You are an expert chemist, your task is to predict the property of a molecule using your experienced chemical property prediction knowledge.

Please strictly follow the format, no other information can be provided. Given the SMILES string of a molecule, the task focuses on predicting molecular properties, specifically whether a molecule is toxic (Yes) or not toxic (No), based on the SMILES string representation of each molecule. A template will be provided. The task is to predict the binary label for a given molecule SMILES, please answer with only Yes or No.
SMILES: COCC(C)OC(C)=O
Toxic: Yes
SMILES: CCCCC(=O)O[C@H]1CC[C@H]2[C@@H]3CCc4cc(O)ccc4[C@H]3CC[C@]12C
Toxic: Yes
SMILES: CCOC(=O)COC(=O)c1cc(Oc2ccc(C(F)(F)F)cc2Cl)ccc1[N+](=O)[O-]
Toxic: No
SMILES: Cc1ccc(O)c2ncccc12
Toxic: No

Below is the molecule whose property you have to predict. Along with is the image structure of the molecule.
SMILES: COP(OC)OC
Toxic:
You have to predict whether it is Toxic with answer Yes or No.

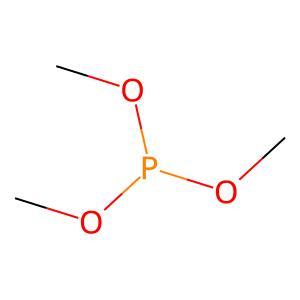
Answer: No